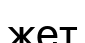
жет